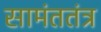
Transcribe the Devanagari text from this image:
सामंततंत्र